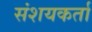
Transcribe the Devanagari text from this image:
संशयकर्ता